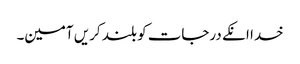
خدا انکے درجات کو بلند کریں آمین۔